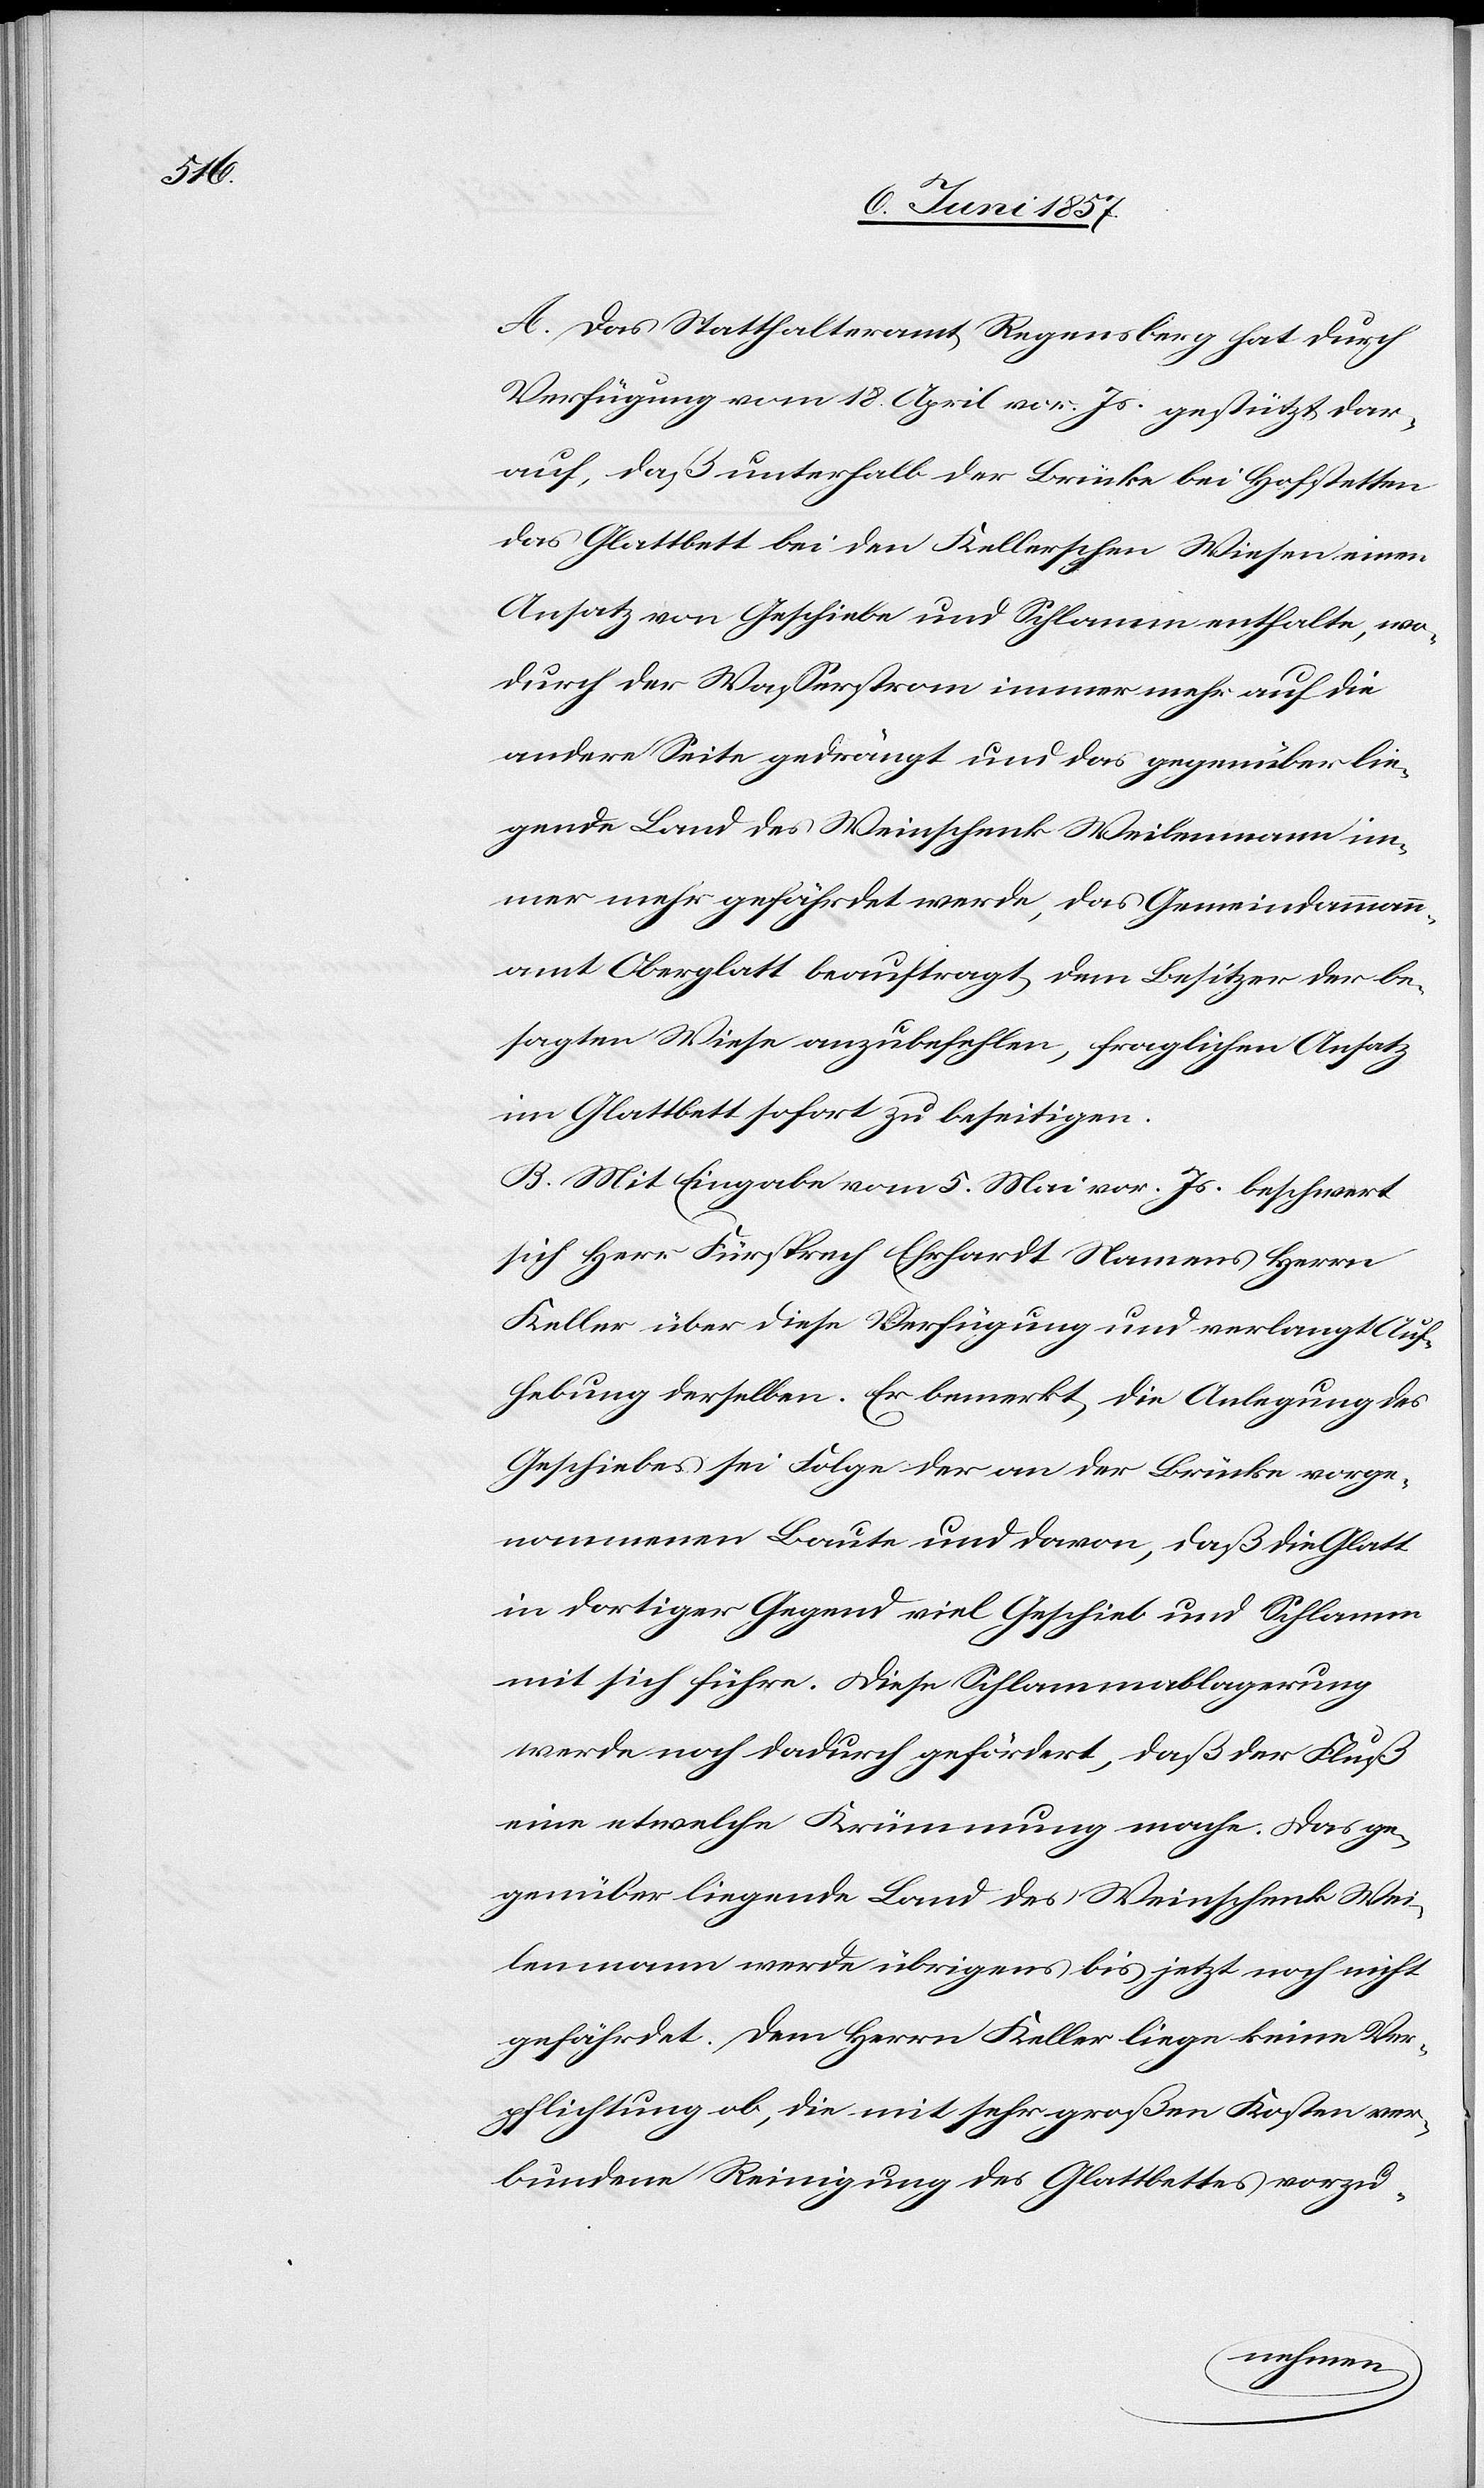
A. Das Statthalteramt Regensberg hat durch
Verfügung vom 18 April vor. Js. gestützt dar¬
auf, daß unterhalb der Brücke bei Hofstetten
das Glattbett bei den Kellerschen Wiesen einen
Ansatz von Geschiebe und Schlamm enthalte, wo¬
durch der Wasserstrom immer mehr auf die
andere Seite gedrängt und das gegenüber lie¬
gende Land des Weinschenk Weilenmann im¬
mer mehr gefährdet werde, das Gemeindeammann¬
amt Oberglatt beauftragt dem Besitzer der be¬
sagten Wiese anzubefehlen, fraglichen Ansatz
im Glattbett sofort zu beseitigen.
B. Mit Eingabe vom 5 Mai vor. Js. beschwert
sich Herr Fürsprech Ehrhardt Namens Herrn
Keller über diese Verfügung und verlangt Aufh¬
ebung derselben. Er bemerkt die Anlegung des
Geschiebes sei Folge der an der Brücke vorge¬
nommenen Baute und davon, daß die Glatt
in dortiger Gegend viel Geschiebe und Schlamm
mit sich führe. Diese Schlammablagerung
werde noch dadurch gefördert, daß der Fluß
eine etwelche Krümmung mache. Das ge¬
genüber liegende Land des Weinschenk Wei¬
lenmann werde übrigens bis jetzt noch nicht
gefährdet. Dem Herrn Keller liege keine Ver¬
pflichtung ob, die mit sehr großen Kosten ver¬
bundene Reinigung des Glattbettes vorzu-